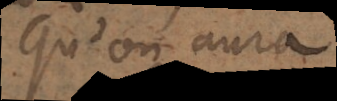
qu’on aura